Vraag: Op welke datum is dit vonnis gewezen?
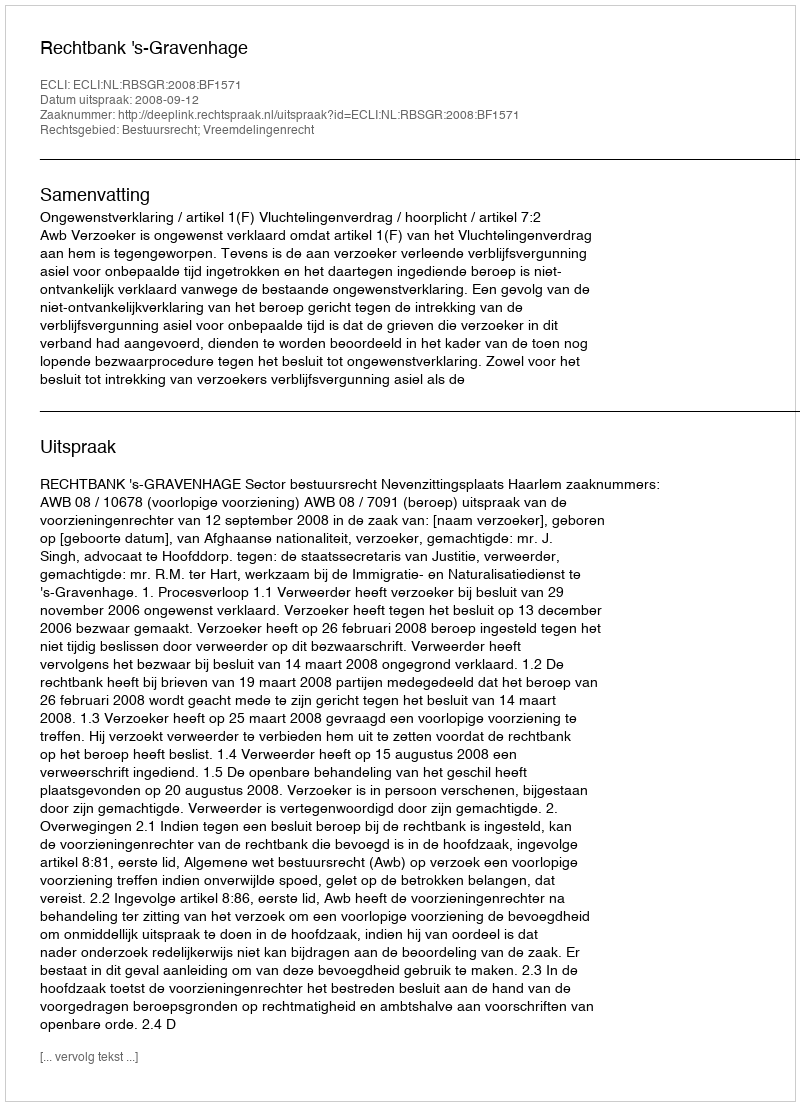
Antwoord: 2008-09-12